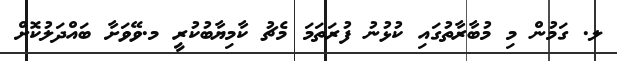
ލ. ގަމުން މި މުބާރާތުގައި ކުޅުނު ފުރަތަމަ މެޗު ކާމިޔާބުކުރީ މ.ވޭވަށާ ބައްދަލުކޮށް